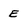
Character: E